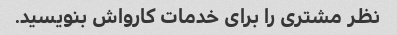
نظر مشتری را برای خدمات کارواش بنویسید.